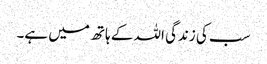
سب کی زندگی اللہ کے ہاتھ میں ہے۔